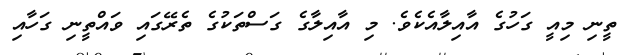
ތީނި މިއީ ގަހުގެ އާއިލާއެކެވެ. މި އާއިލާގެ ގަސްތަކުގެ ތެރޭގައި ވައްތީނި ގަހާއި